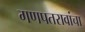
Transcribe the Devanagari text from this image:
गणपतरावांचा